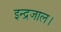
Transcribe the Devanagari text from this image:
इन्द्रजाल।